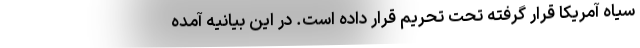
سیاه آمریکا قرار گرفته تحت تحریم قرار داده است. در این بیانیه آمده